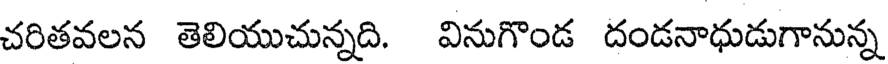
చరితవలన తెలియుచున్నది. వినుగొండ దండనాధుడుగానున్న